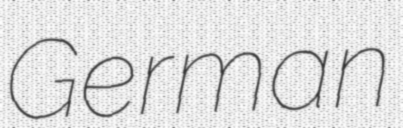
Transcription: German